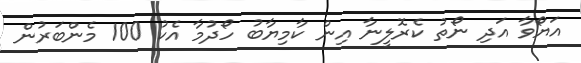
އަޔޯވާ އަދި ނޯތު ކެރޮލީނާ އިން ކާމިޔާބު ހޯދުމާ އެކު 100 މެންބަރުން